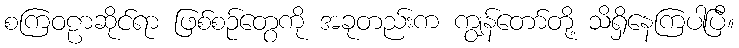
စကြဝဠာဆိုင်ရာ ဖြစ်စဉ်တွေကို အခုတည်းက ကျွန်တော်တို့ သိရှိနေကြပါပြီ။